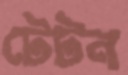
টেটন